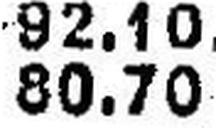
80.70